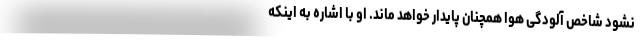
نشود شاخص آلودگی هوا همچنان پایدار خواهد ماند. او با اشاره به اینکه